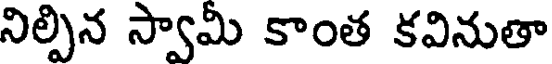
నిల్పిన స్వామీ కాంత కవినుతా